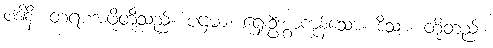
ပဒါနိ၊ တရားအဖို့တို့သည်။ ပဌမာ၊ ရှေးဦးစွာကုန်သော။ ဒိသာ၊ တို့တည်း။